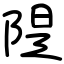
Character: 隄